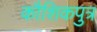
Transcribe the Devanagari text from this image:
कौशिकपुत्र